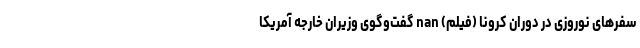
سفرهای نوروزی در دوران کرونا (فیلم) nan گفت‌وگوی وزیران خارجه آمریکا